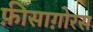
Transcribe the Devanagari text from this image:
फ़ीसाग़ोरस